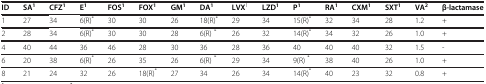
<table><thead><tr><td><b>ID</b></td><td><b>SA<sup>1</sup></b></td><td><b>CFZ<sup>1</sup></b></td><td><b>E<sup>1</sup></b></td><td><b>FOS<sup>1</sup></b></td><td><b>FOX<sup>1</sup></b></td><td><b>GM<sup>1</sup></b></td><td><b>DA<sup>1</sup></b></td><td><b>LVX<sup>1</sup></b></td><td><b>LZD<sup>1</sup></b></td><td><b>P<sup>1</sup></b></td><td><b>RA<sup>1</sup></b></td><td><b>CXM<sup>1</sup></b></td><td><b>SXT<sup>1</sup></b></td><td><b>VA<sup>2</sup></b></td><td><b>β-lactamase</b></td></tr></thead><tbody><tr><td>1</td><td>27</td><td>34</td><td>6(R)<sup>*</sup></td><td>30</td><td>30</td><td>26</td><td>18(R)<sup>*</sup></td><td>29</td><td>34</td><td>15(R)<sup>*</sup></td><td>32</td><td>34</td><td>28</td><td>1.2</td><td>+</td></tr><tr><td>2</td><td>28</td><td>34</td><td>6(R)<sup>*</sup></td><td>30</td><td>30</td><td>28</td><td>6(R) <sup>*</sup></td><td>26</td><td>32</td><td>14(R)<sup>*</sup></td><td>34</td><td>32</td><td>26</td><td>1.0</td><td>+</td></tr><tr><td>4</td><td>40</td><td>44</td><td>36</td><td>46</td><td>28</td><td>30</td><td>36</td><td>28</td><td>36</td><td>40</td><td>40</td><td>40</td><td>32</td><td>1.5</td><td>-</td></tr><tr><td>6</td><td>20</td><td>38</td><td>6(R)<sup>*</sup></td><td>26</td><td>35</td><td>26</td><td>6(R) <sup>*</sup></td><td>29</td><td>34</td><td>9(R) <sup>*</sup></td><td>38</td><td>40</td><td>26</td><td>1.0</td><td>+</td></tr><tr><td>8</td><td>21</td><td>24</td><td>32</td><td>26</td><td>18(R)<sup>*</sup></td><td>27</td><td>34</td><td>26</td><td>34</td><td>14(R)<sup>*</sup></td><td>40</td><td>23</td><td>32</td><td>0.8</td><td>+</td></tr></tbody></table>